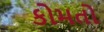
કોમતો